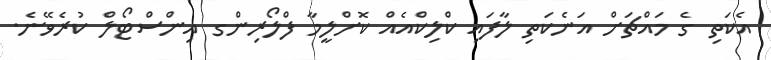
އެކަތި ގެ މައްޗަށް އަނެކަތި ލާފައި ކްލިކްއެއް ކޮށްލީމާ ފްލޯރިންގ އިންސްޓޯލް ކުރެވޭނެ.